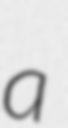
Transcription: a